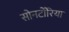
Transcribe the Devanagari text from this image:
सोनटोँरिया